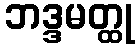
ဘဒ္ဒမတ္ထု